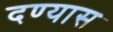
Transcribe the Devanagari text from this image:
दण्यास